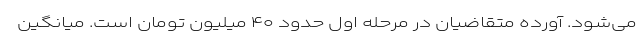
می‌شود. آورده متقاضیان در مرحله اول حدود ۴۰ میلیون تومان است. میانگین